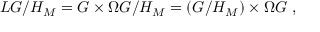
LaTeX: L G / H _ { M } = G \times \Omega G / H _ { M } = ( G / H _ { M } ) \times \Omega G \, \, ,